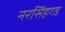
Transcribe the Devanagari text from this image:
नरसिंहगड